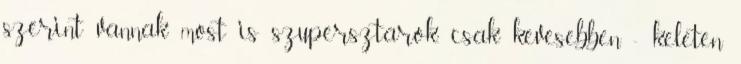
szerint vannak most is szupersztárok, csak kevesebben - keleten